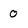
Character: 0